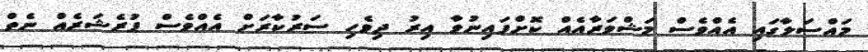
މައްސަލާގައި އެއްވެސް މަޝްވަރާއެއް ކޮށްފައިނުވާ އިރު ދިވެހި ސަރުކާރަށް އެއްވެސް ޕުރެޝަރެއް ނެތް